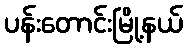
ပန်းတောင်းမြို့နယ်